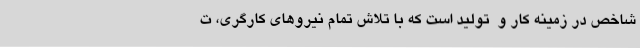
شاخص در زمینه کار و ‌ تولید است که با تلاش تمام نیروهای کارگری، ت